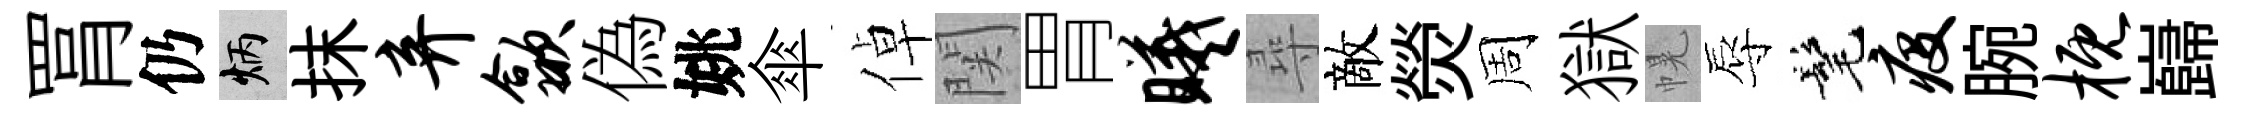
罥仍炳抹弃歙偽姚傘倬関胃曦尋敵熒周獄幌辱髦疫腕概巋